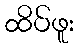
ထိပ်ဖူး